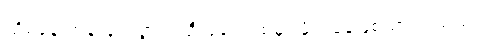
သိမ့်ခနဲ တုန်လှုပ်သွား၍ ဦးခေါင်းထဲမှာ မိုက်ခနဲဖြစ်သွားပါသည်။